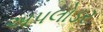
અપલોડર